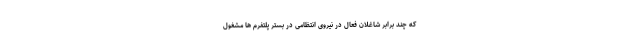
که چند برابر شاغلان فعال در نیروی انتظامی در بستر پلتفرم ها مشغول